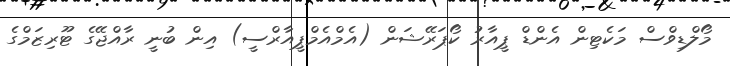
މޯލްޑިވްސް މަކެޓިން އެންޑް ޕީއާރު ކޯޕަރޭޝަން (އެމްއެމްޕީއާރްސީ) އިން ބުނީ ރާއްޖޭގެ ޓޫރިޒަމްގެ